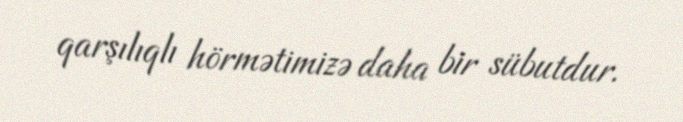
qarşılıqlı hörmətimizə daha bir sübutdur.